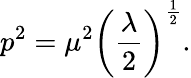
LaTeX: p^{2}=\mu^{2}\left({\frac{\lambda}{2}}\right)^{\frac{1}{2}}.